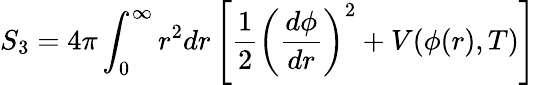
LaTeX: S_{3}=4\pi\int_{0}^{\infty}r^{2}dr\left[\frac{1}{2}\left(\frac{d\phi}{dr}\right)^{2}+V(\phi(r),T)\right]